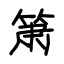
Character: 箫